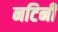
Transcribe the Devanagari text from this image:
नटिनी